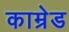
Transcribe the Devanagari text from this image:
काम्रेड